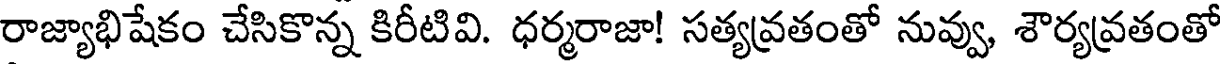
రాజ్యాభిషేకం చేసికొన్న కిరీటివి. ధర్మరాజా! సత్యవ్రతంతో నువ్వు, శౌర్యవ్రతంతో